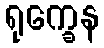
ရုက္ခေန